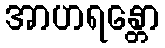
အာဟရန္တော